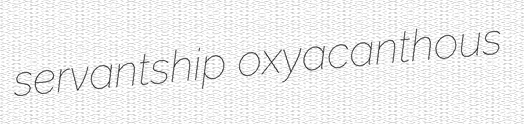
servantship oxyacanthous